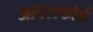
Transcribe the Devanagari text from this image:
आवसफोर्ड